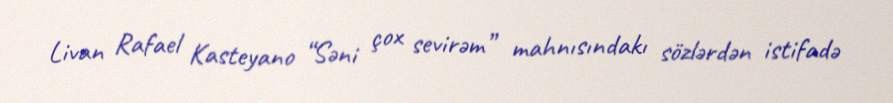
Livan Rafael Kasteyano “Səni çox sevirəm” mahnısındakı sözlərdən istifadə